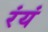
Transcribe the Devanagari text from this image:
रंयं